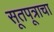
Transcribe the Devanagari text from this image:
सूतपूत्राचा